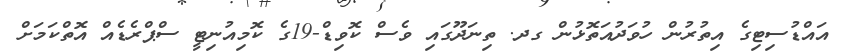
އައްޑުސިޓިގެ އިތުރުން ހުވަދުއަތޮޅުން ގދ. ތިނަދޫގައި ވެސް ކޮވިޑް-19ގެ ކޮމިއުނިޓީ ސްޕްރެޑެއް އޮތްކަމަށް